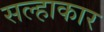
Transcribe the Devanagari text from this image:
सल्हाकार